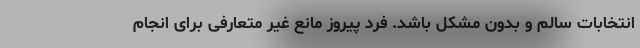
انتخابات سالم و بدون مشکل باشد. فرد پیروز مانع غیر متعارفی برای انجام